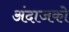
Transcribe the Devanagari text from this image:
अंदाजको